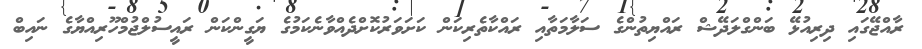
ރާއްޖޭގައި ދިރިއުޅޭ ބަންގްލަދޭޝް ރައްޔިތުންގެ ސަލާމަތާއި ރައްކާތެރިކަން ކަށަވަރުކޮށްދެއްވާނެކަމުގެ ޔަގީންކަން ރައީސުލްޖުމްހޫރިއްޔާގެ ނައިބް